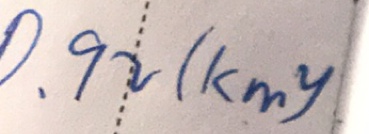
0 . 9 2 ( k m ^ { 2 } )